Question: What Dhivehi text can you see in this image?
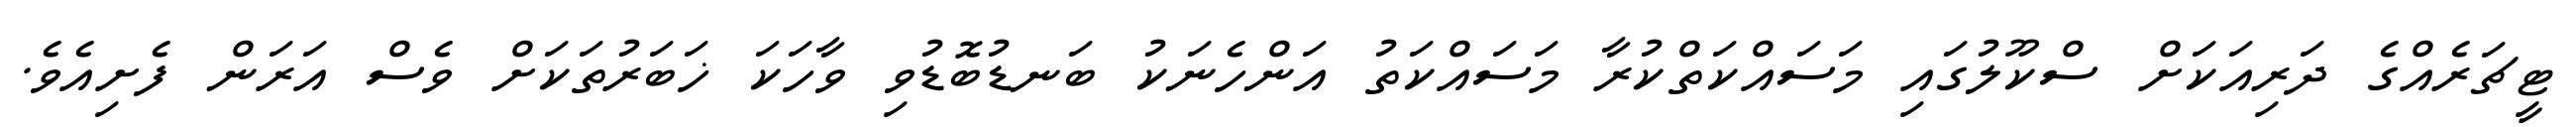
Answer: ޓީޗަރެއްގެ ދަރިއަކަށް ސްކޫލުގައި މަސައްކަތްކުރާ މަސައްކަތު އަންހެނަކު ބަނޑުބޮޑުވި ވާހަކަ ޚަބަރުތަކަށް ވެސް އަރަން ފެށިއެވެ.